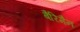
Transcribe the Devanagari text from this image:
बैरिमैन